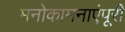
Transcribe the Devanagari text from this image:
मनोकामनाएंपूरी